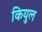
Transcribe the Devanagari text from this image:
कियुल